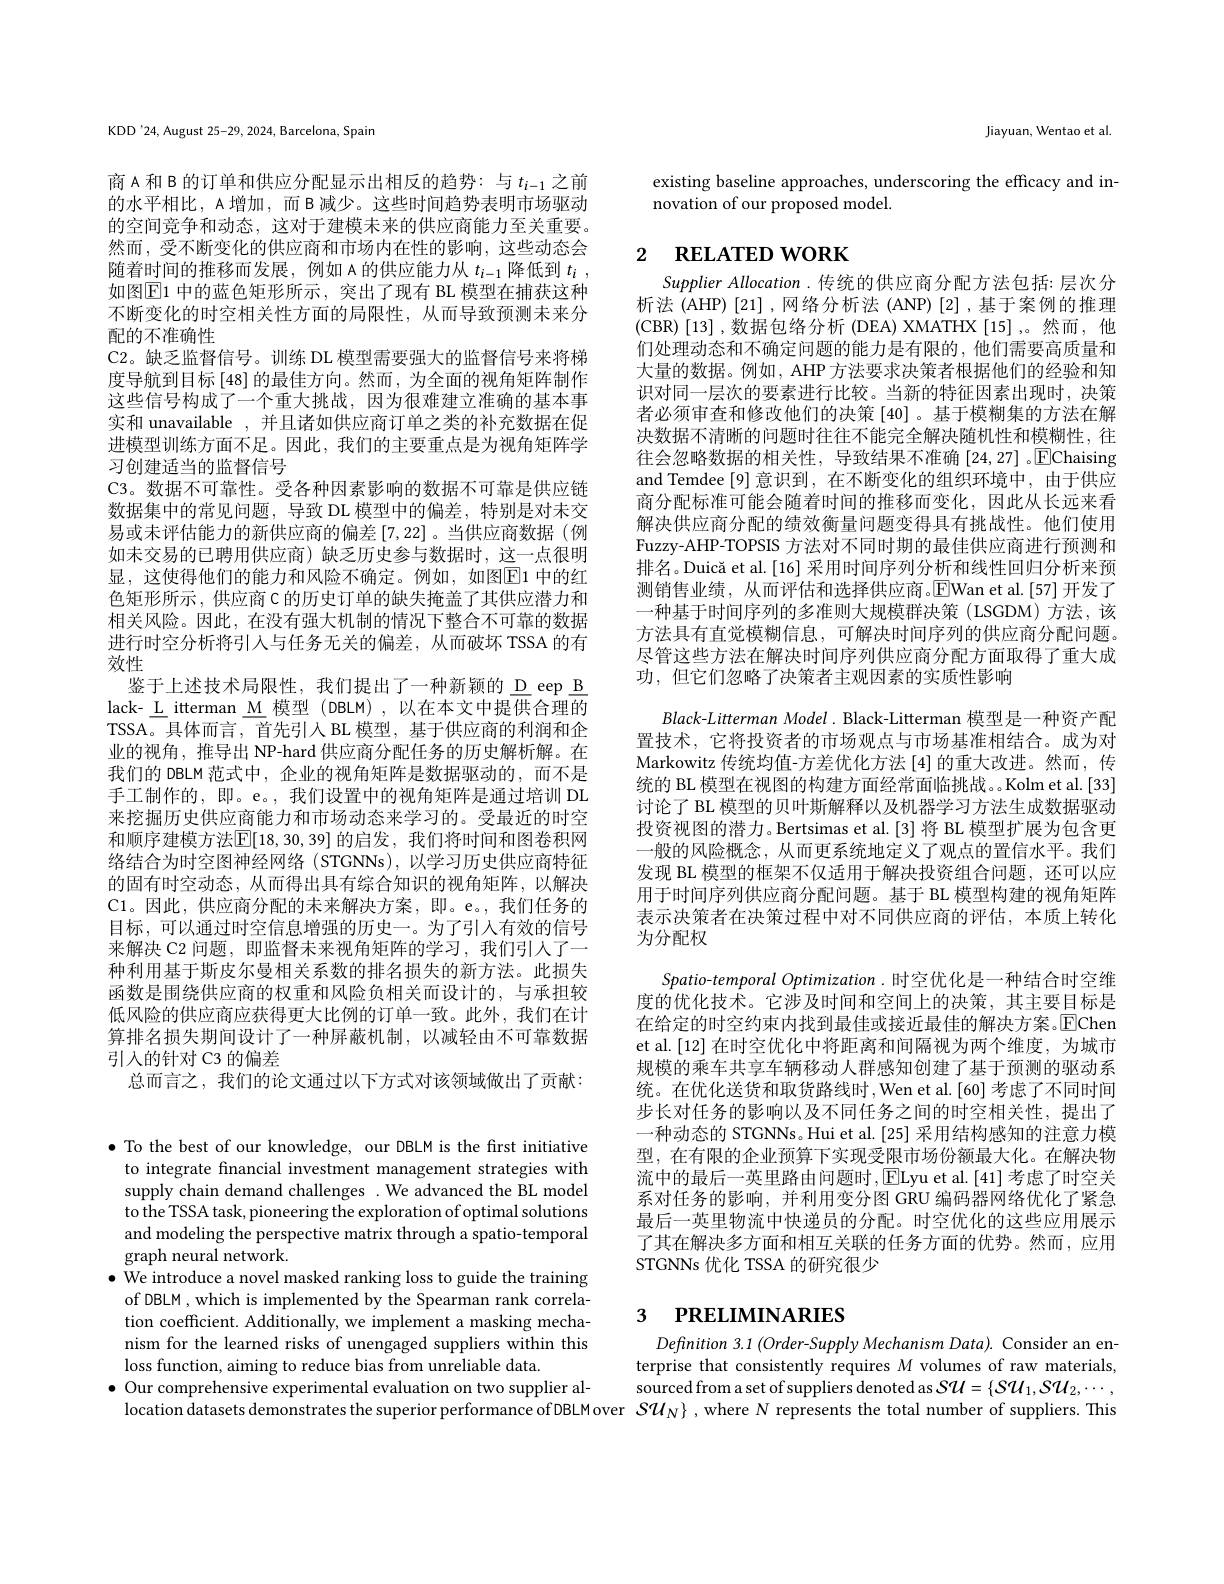
KDD'24, August 25-29, 2024, Barcelona, Spain

商 A 和 B 的订单和供应分配显示出相反的趋势：与$t_{i-1}$之前的水平相比，A 增加，而 B 减少。这些时间趋势表明市场驱动的空间竞争和动态，这对于建模未来的供应商能力至关重要。然而 , 受不断变化的供应商和市场内在性的影响，这些动态会随着时间的推移而发展，例如 A 的供应能力从$t_i-1$降低到$t_i$ , 如图$\overline{\mathrm{E}}$1 中的蓝色矩形所示，突出了现有 BL 模型在捕获这种不断变化的时空相关性方面的局限性，从而导致预测未来分配的不准确性
C2。缺乏监督信号。训练 DL 模型需要强大的监督信号来将梯度导航到目标[48]的最佳方向。然而，为全面的视角矩阵制作这些信号构成了一个重大挑战，因为很难建立准确的基本事实和 unavailable , 并且诸如供应商订单之类的补充数据在促进模型训练方面不足。因此，我们的主要重点是为视角矩阵学习创建适当的监督信号
C3。数据不可靠性。受各种因素影响的数据不可靠是供应链数据集中的常见问题，导致 DL 模型中的偏差，特别是对未交易或未评估能力的新供应商的偏差[7,22]。当供应商数据(例如未交易的已聘用供应商)缺乏历史参与数据时，这一点很明显，这使得他们的能力和风险不确定。例如，如图$\boxed{\mathrm{E}}$1中的红色矩形所示，供应商C的历史订单的缺失掩盖了其供应潜力和相关风险。因此，在没有强大机制的情况下整合不可靠的数据进行时空分析将引入与任务无关的偏差，从而破坏 TSSA 的有效性
鉴于上述技术局限性，我们提出了一种新颖的 D eep B lack-\_L\_itterman\_M\_模型 (DBLM),以在本文中提供合理的TSSA。具体而言，首先引入 BL 模型，基于供应商的利润和企业的视角，推导出 NP-hard 供应商分配任务的历史解析解。在我们的 DBLM 范式中，企业的视角矩阵是数据驱动的，而不是手工制作的，即。e。, 我们设置中的视角矩阵是通过培训 DL 来挖掘历史供应商能力和市场动态来学习的。受最近的时空和顺序建模方法$\boxed{\mathbb{E}}[18,30,39]$ 的启发，我们将时间和图卷积网络结合为时空图神经网络(STGNNs),以学习历史供应商特征的固有时空动态，从而得出具有综合知识的视角矩阵，以解决C1。因此，供应商分配的未来解决方案，即。e。,我们任务的目标，可以通过时空信息增强的历史一。为了引人有效的信号来解决 C2 问题，即监督未来视角矩阵的学习，我们引人了一种利用基于斯皮尔曼相关系数的排名损失的新方法。此损失函数是围绕供应商的权重和风险负相关而设计的，与承担较低风险的供应商应获得更大比例的订单一致。此外，我们在计算排名损失期间设计了一种屏蔽机制，以减轻由不可靠数据引入的针对 C3 的偏差
总而言之，我们的论文通过以下方式对该领域做出了贡献：

$\bullet$ To the best of our knowledge, our DBLM is the first initiative
to integrate financial investment management strategies with supply chain demand challenges .We advanced the BL model to the TSSA task, pioneering the exploration of optimal solutions and modeling the perspective matrix through a spatio-temporal graph neural network.
$\bullet$ We introduce a novel masked ranking loss to guide the training
of DBLM , which is implemented by the Spearman rank correlation coefficient. Additionally, we implement a masking mechanism for the learned risks of unengaged suppliers within this loss function, aiming to reduce bias from unreliable data.
$\bullet$ Our comprehensive experimental evaluation on two supplier al-
location datasets demonstrates the superior performance of DBLM over $S\mathcal{U}_N\}$ , where $N$ represents the total number of suppliers. This

Jiayuan, Wentao et al

existing baseline approaches, underscoring the efficacy and in-
novation of our proposed model.

# 2 $\textbf{RELATED WORK}$

Supplier Allocation .传统的供应商分配方法包括：层次分析法 (AHP)[21],网络分析法 (ANP)[2],基于案例的推理(CBR)[13],数据包络分析 (DEA) XMATHX[15],。然而，他们处理动态和不确定问题的能力是有限的，他们需要高质量和大量的数据。例如，AHP 方法要求决策者根据他们的经验和知识对同一层次的要素进行比较。当新的特征因素出现时，决策者必须审查和修改他们的决策[40] 。基于模糊集的方法在解决数据不清晰的问题时往往不能完全解决随机性和模糊性，在往会忽略数据的相关性，导致结果不准确$\left[24,27\right].$EChaising and Temdee[9] 意识到，在不断变化的组织环境中，由于供应商分配标准可能会随着时间的推移而变化，因此从长远来看解决供应商分配的绩效衡量问题变得具有挑战性。他们使用Fuzzy-AHP-TOPSIS 方法对不同时期的最佳供应商进行预测和排名。Duică et al. [16] 采用时间序列分析和线性回归分析来预测销售业绩，从而评估和选择供应商。$\operatorname{EWan}$ et al.[57]开发了一种基于时间序列的多准则大规模群决策(LSGDM)方法，该方法具有直觉模糊信息，可解决时间序列的供应商分配问题。尽管这些方法在解决时间序列供应商分配方面取得了重大成功，但它们忽略了决策者主观因素的实质性影响
$Black-Litterman$ Model. Black-Litterman 模型是一种资产配置技术，它将投资者的市场观点与市场基准相结合。成为对Markowitz 传统均值-方差优化方法[4]的重大改进。然而，传统的 BL 模型在视图的构建方面经常面临挑战。。Kolm et al.[33] 讨论了 BL 模型的贝叶斯解释以及机器学习方法生成数据驱动投资视图的潜力。Bertsimas et al.[3] 将 BL 模型扩展为包含更一般的风险概念，从而更系统地定义了观点的置信水平。我们发现 BL 模型的框架不仅适用于解决投资组合问题，还可以应用于时间序列供应商分配问题。基于 BL 模型构建的视角矩阵表示决策者在决策过程中对不同供应商的评估，本质上转化为分配权
Spatio-temporal Optimization . 时空优化是一种结合时空维度的优化技术。它涉及时间和空间上的决策，其主要目标是在给定的时空约束内找到最佳或接近最佳的解决方案。$\overline{\mathrm{E}}$Chen et al.[12] 在时空优化中将距离和间隔视为两个维度，为城市规模的乘车共享车辆移动人群感知创建了基于预测的驱动系统。在优化送货和取货路线时，Wen et al.[60] 考虑了不同时间步长对任务的影响以及不同任务之间的时空相关性，提出了一种动态的 STGNNs。Hui et al.[25] 采用结构感知的注意力模型，在有限的企业预算下实现受限市场份额最大化。在解决物流中的最后一英里路由问题时$,\boxed{\mathrm{E}}$Lyu et al.[41]考虑了时空关系对任务的影响，并利用变分图 GRU 编码器网络优化了紧急最后一英里物流中快递员的分配。时空优化的这些应用展示了其在解决多方面和相互关联的任务方面的优势。然而，应用STGNNs 优化 TSSA 的研究很少

## 3 PRELIMINARIES

Definition 3.1 (Order-Supply Mechanism Data). Consider an enterprise that consistently requires $M$ volumes of raw materials, sourced from a set of suppliers denoted as $S\mathcal{U}=\{S\mathcal{U}_1,S\mathcal{U}_2,\cdots$,